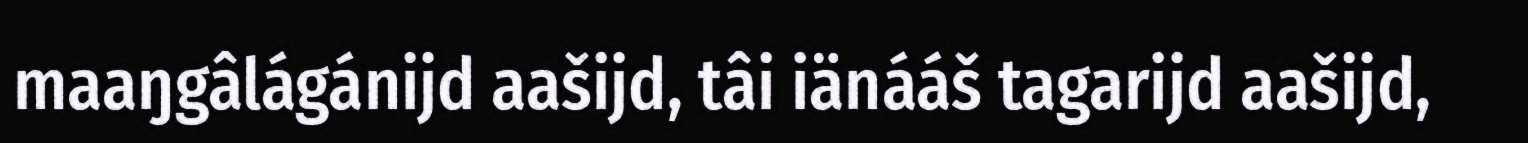
maaŋgâlágánijd aašijd, tâi iänááš tagarijd aašijd,